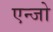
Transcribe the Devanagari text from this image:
एन्जो